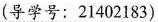
(导学号：21402183)